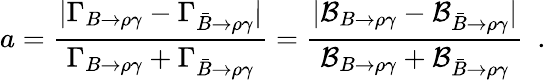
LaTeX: a=\frac{|\Gamma_{B\to\rho\gamma}-\Gamma_{\bar{B}\to\rho\gamma}|}{\Gamma_{B\to\rho\gamma}+\Gamma_{\bar{B}\to\rho\gamma}}=\frac{|{\cal B}_{B\to\rho\gamma}-{\cal B}_{\bar{B}\to\rho\gamma}|}{{\cal B}_{B\to\rho\gamma}+{\cal B}_{\bar{B}\to\rho\gamma}}\ \ .